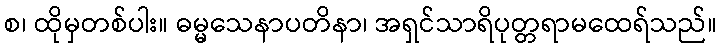
စ၊ ထိုမှတစ်ပါး။ ဓမ္မသေနာပတိနာ၊ အရှင်သာရိပုတ္တရာမထေရ်သည်။